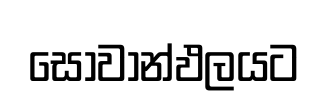
සෝවාන්ඵලයට